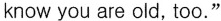
know you are old, too."